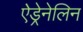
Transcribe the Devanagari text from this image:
ऐड्रेनेलिन